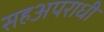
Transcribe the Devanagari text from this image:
सहअपराधी